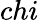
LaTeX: chi